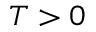
T > 0